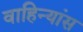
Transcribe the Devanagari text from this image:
वाहिन्यांस